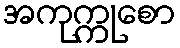
အကုက္ကုစော